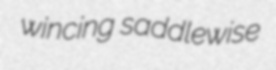
wincing saddlewise